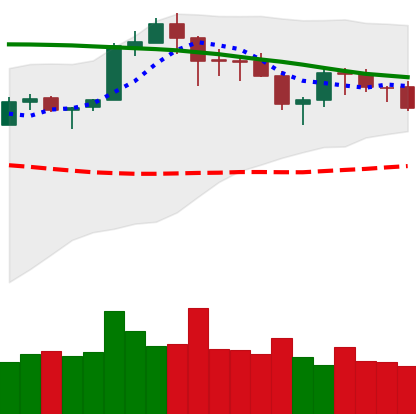
Ticker: ETH-USD
Chart end date: 2018-05-17
Forward return: -3.704%
Label: down_3_5